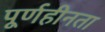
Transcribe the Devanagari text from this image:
पूर्णहीनता